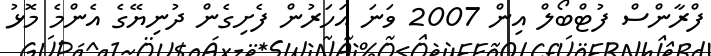
ފްރާންސް ފުޓްބޯލް އިން 2007 ވަނަ އަހަރުން ފެށިގެން ދުނިޔޭގެ އެންމެ މޮޅު